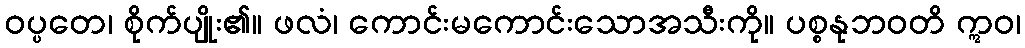
ဝပ္ပတေ၊ စိုက်ပျိုး၏။ ဖလံ၊ ကောင်းမကောင်းသောအသီးကို။ ပစ္စနုဘဝတိ ဣဝ၊